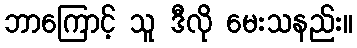
ဘာကြောင့် သူ ဒီလို မေးသနည်း။